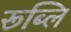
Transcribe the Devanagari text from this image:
रूब्लि